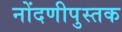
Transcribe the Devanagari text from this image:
नोंदणीपुस्तक